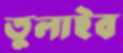
তুলাইব